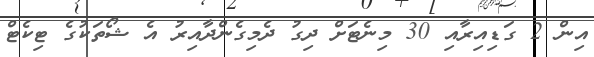
އިން 2 ގަޑިއިރާއި 30 މިނެޓަށް ދިގު ދެމިގެންދާއިރު އެ ޝޯތަކުގެ ޓިކެޓް